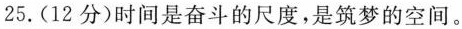
25.(12分)时间是奋斗的尺度，是筑梦的空间。